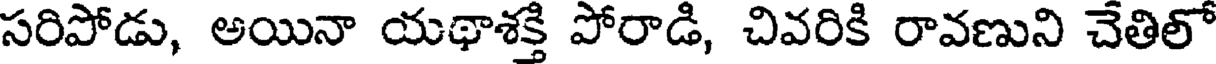
సరిపోడు, అయినా యథాశక్తి పోరాడి, చివరికి రావణుని చేతిలో